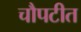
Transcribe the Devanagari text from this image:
चौपटीत